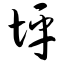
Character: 坪